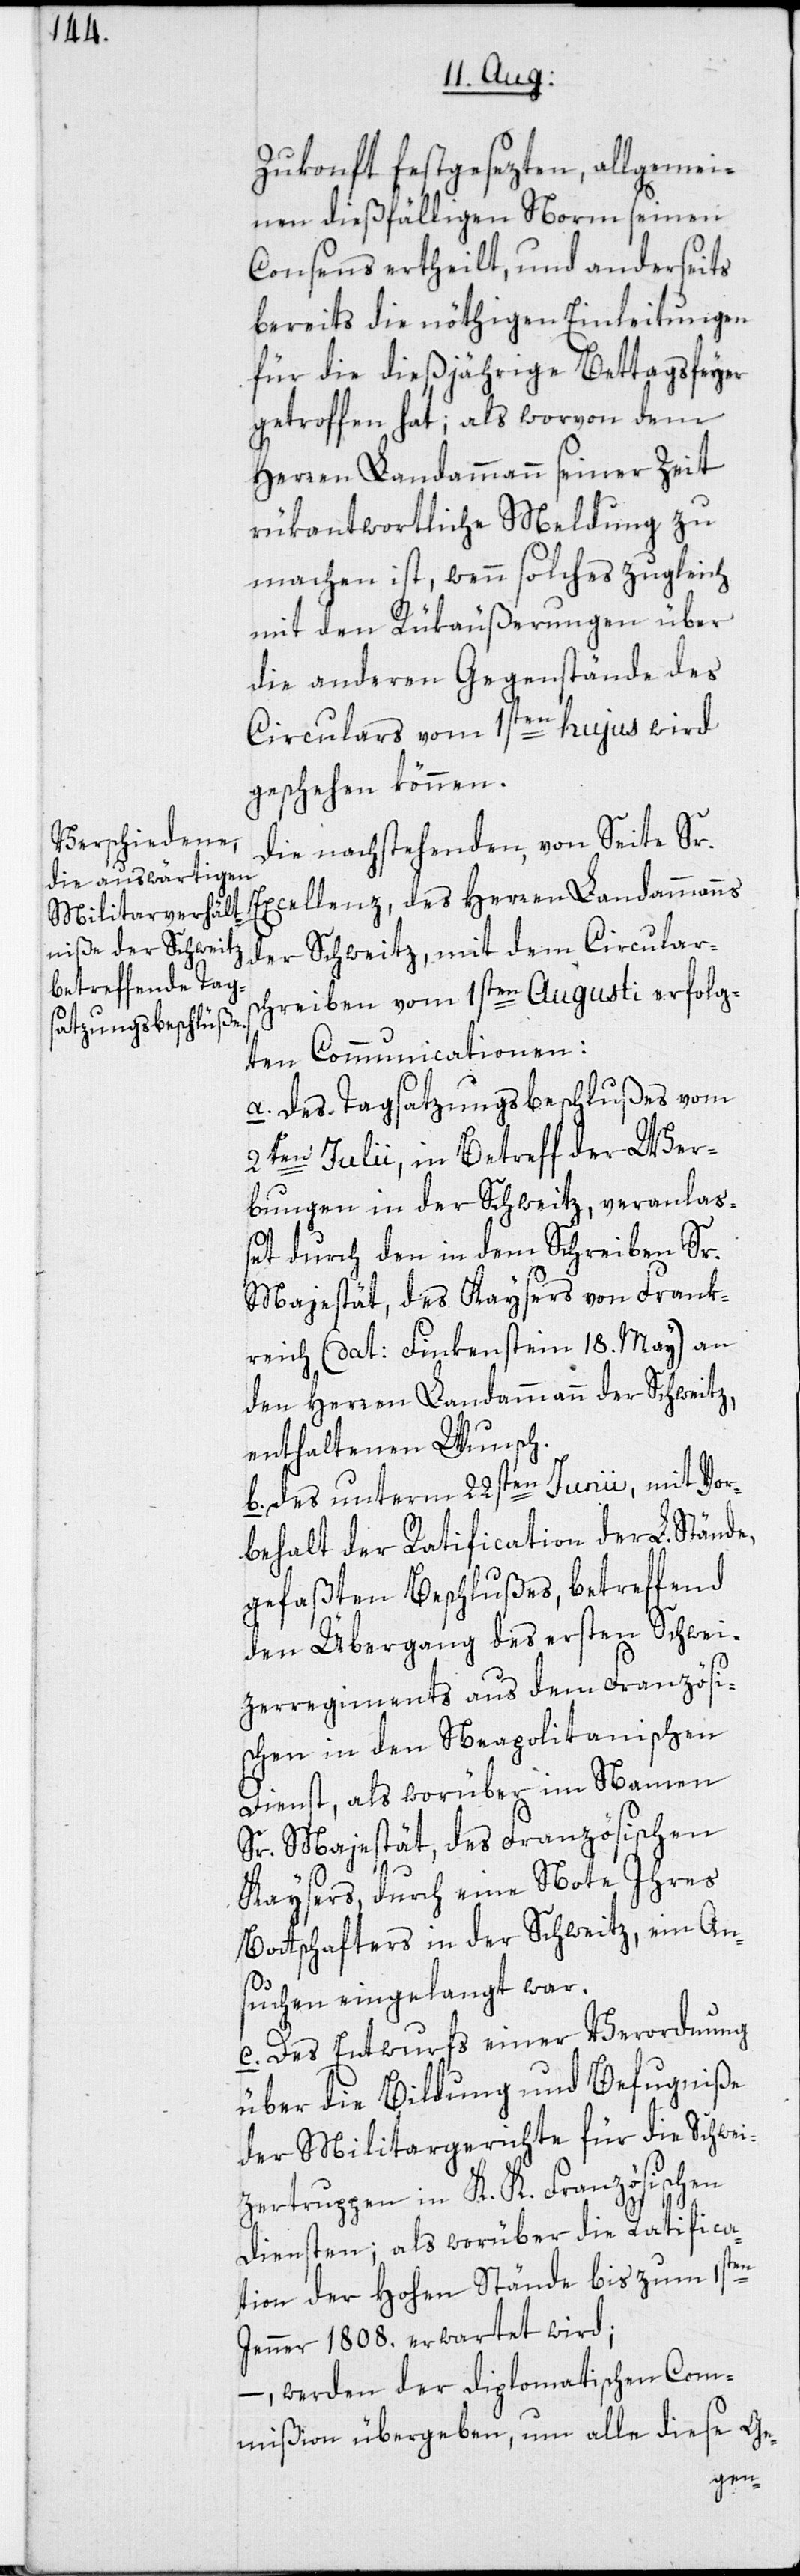
Zukonft festgesezten, allgemei¬
nen dießfälligen Norm seinen
Consens ertheilt, und anderseits
bereits die nöthigen Einleitungen
für die dießjährige Bettagsfeyer
getroffen hat; als worvon dem
Herren Landammann seiner Zeit
rükantwortliche Meldung zu
machen ist, wenn solches zugleich
mit den Rükäußerungen über
die anderen Gegenstände des
Circulars vom 1sten hujus wird
geschehen können.
Die nachstehenden, von Seite Sr.
Excellenz, des Herren Landammanns
der Schweitz, mit dem Circulars¬
chreiben vom 1sten Augusti erfolg¬
ten Communicationen:
a. Des Tagsatzungsbeschlußes vom
2ten Julii, in Betreff der Wer¬
bungen in der Schweitz, veranlaß¬
et durch den in dem Schreiben Sr.
Majestät, des Kaysers von Frank¬
reich (dat: Finkenstein 18. May) an
den Herren Landammann der Schweitz,
enthaltenen Wunsch.
b. Des unterm 22sten Junii, mit Vor¬
behalt der Ratification der L. Stände,
gefaßten Beschlußes, betreffend
den Übergang des ersten Schwei¬
zerregiments aus dem Französi¬
schen in den Neapolitanischen
Dienst, als worüber im Namen
Sr. Majestät, des Französischen
Kaysers, durch eine Note Ihres
Bottschafters in der Schweitz, ein An¬
suchen eingelangt war.
c. Des Entwurfs einer Verordnung
über die Bildung und Befugniße
der Militargerichte für die Schwei¬
tzertruppen in K. K. Französischen
Diensten; als worüber die Ratifica¬
tion der Hohen Stände bis zum 1sten
Jenner 1808. erwartet wird;
– werden der diplomatischen Com¬
mißion übergeben, um alle diese Ge-